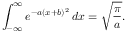
\int _ { - \infty } ^ { \infty } e ^ { - a ( x + b ) ^ { 2 } } \, d x = { \sqrt { \frac { \pi } { a } } } .